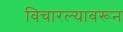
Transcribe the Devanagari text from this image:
विचारल्यावरून